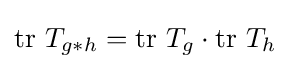
\mathrm {tr} ~T_{g*h}=\mathrm {tr} ~T_{g}\cdot \mathrm {tr} ~T_{h}